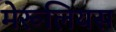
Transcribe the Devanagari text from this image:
मेरूलियस